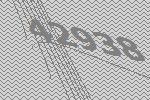
42938